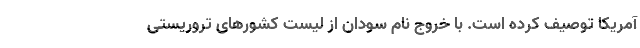
آمریکا توصیف کرده است. با خروج نام سودان از لیست کشورهای تروریستی